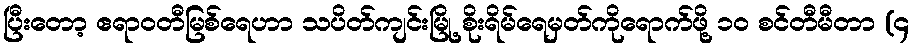
ပြီးတော့ ဧရာဝတီမြစ်ရေဟာ သပိတ်ကျင်းမြို့ စိုးရိမ်ရေမှတ်ကိုရောက်ဖို့ ၁၀ စင်တီမီတာ (၄